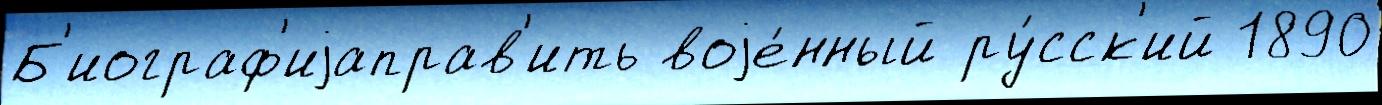
Б'иограф'иjаправ'ить воjе́нный ру́сск'ий 1890